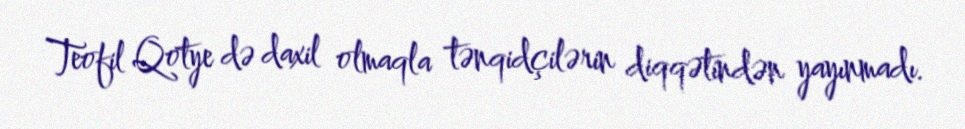
Teofil Qotye də daxil olmaqla tənqidçilərin diqqətindən yayınmadı.